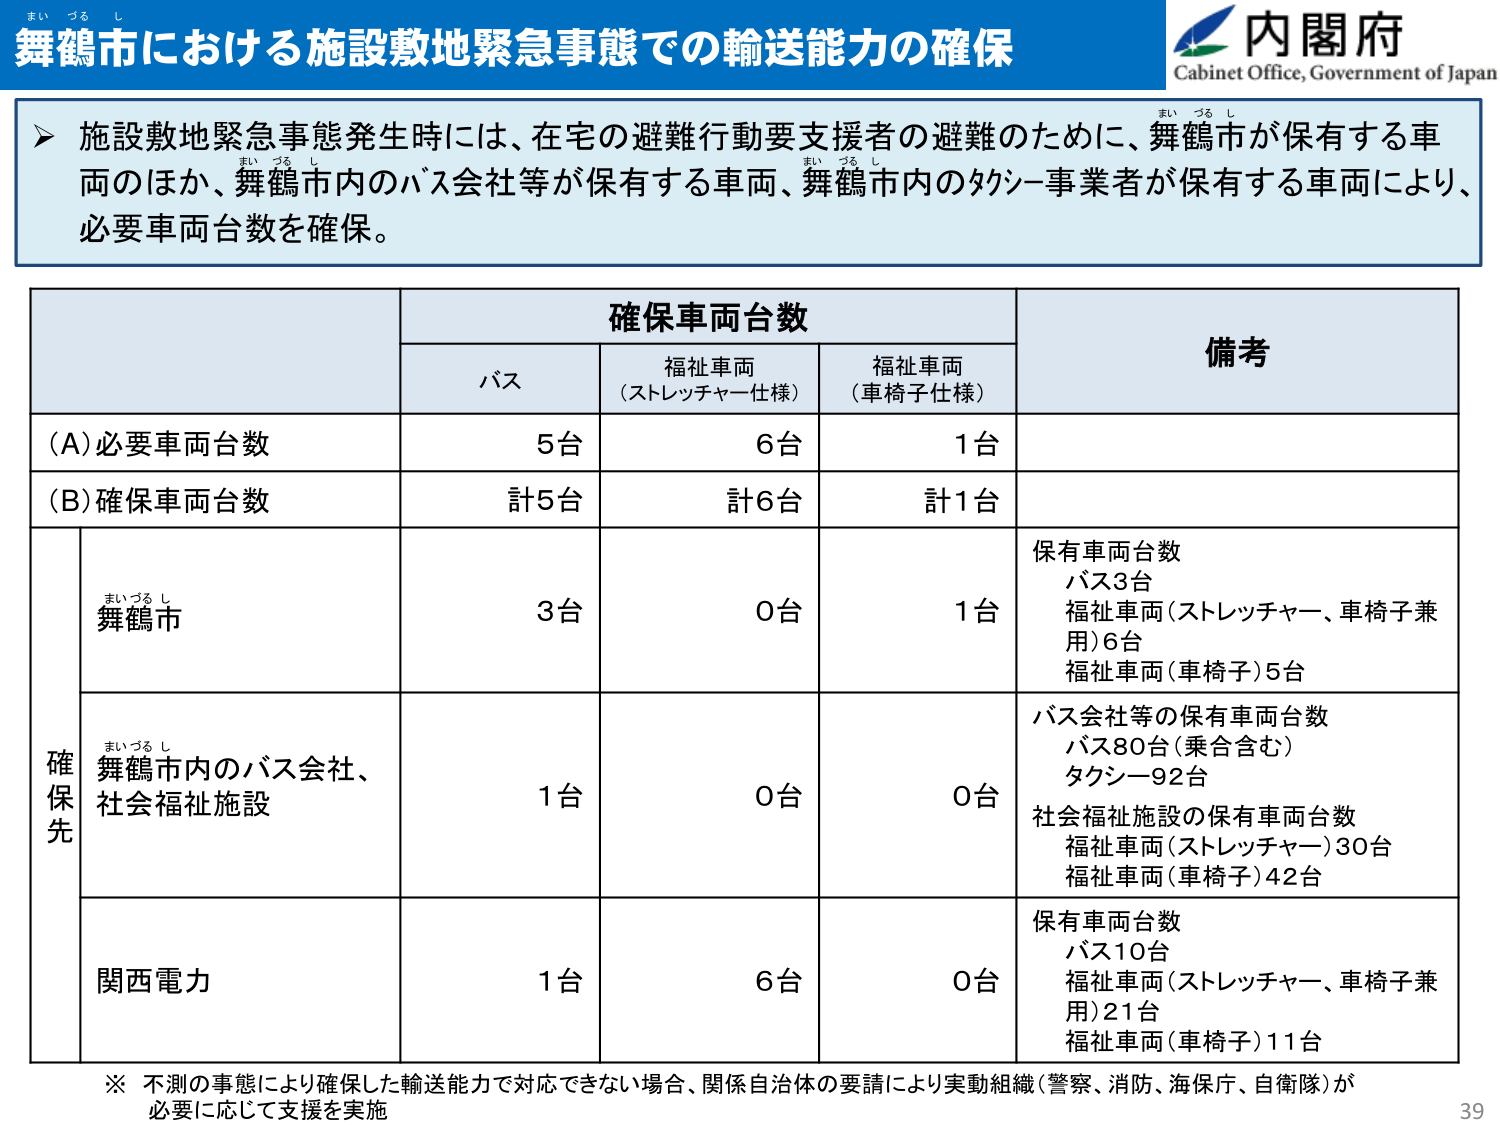
舞鶴市における施設敷地緊急事態での輸送能力の確保
内閣府
Cabinet Office, Government of Japan

▶ 施設敷地緊急事態発生時には、在宅の避難行動要支援者の避難のために、舞鶴市が保有する車両のほか、舞鶴市内のバス会社等が保有する車両、舞鶴市内のタクシー事業者が保有する車両により、必要車両台数を確保。

確保車両台数
備考
バス
福祉車両（ストレッチャー仕様）
福祉車両（車椅子仕様）

(A) 必要車両台数
5台
6台
1台

(B) 確保車両台数
計5台
計6台
計1台

確保先
舞鶴市
3台
0台
1台
保有車両台数
バス3台
福祉車両（ストレッチャー、車椅子兼用）6台
福祉車両（車椅子）5台

舞鶴市内のバス会社、社会福祉施設
1台
0台
0台
バス会社等の保有車両台数
バス80台（乗合含む）
タクシー92台
社会福祉施設の保有車両台数
福祉車両（ストレッチャー）30台
福祉車両（車椅子）42台

関西電力
1台
6台
0台
保有車両台数
バス10台
福祉車両（ストレッチャー、車椅子兼用）21台
福祉車両（車椅子）11台

※ 不測の事態により確保した輸送能力で対応できない場合、関係自治体の要請により実動組織（警察、消防、海保庁、自衛隊）が必要に応じて支援を実施

39